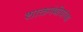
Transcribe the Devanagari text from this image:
शाक्तपंथीयांच्या